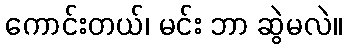
ကောင်းတယ်၊ မင်း ဘာ ဆွဲမလဲ။